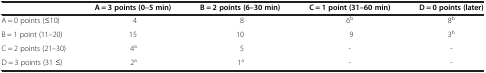
<table><thead><tr><td></td><td><b>A = 3 points (0–5 min)</b></td><td><b>B = 2 points (6–30 min)</b></td><td><b>C = 1 point (31–60 min)</b></td><td><b>D = 0 points (later)</b></td></tr></thead><tbody><tr><td>A = 0 points (≤10)</td><td>4</td><td>8</td><td>6<sup>b</sup></td><td>8<sup>b</sup></td></tr><tr><td>B = 1 point (11–20)</td><td>15</td><td>10</td><td>9</td><td>3<sup>b</sup></td></tr><tr><td>C = 2 points (21–30)</td><td>4<sup>a</sup></td><td>5</td><td>-</td><td>-</td></tr><tr><td>D = 3 points (31 ≤)</td><td>2<sup>a</sup></td><td>1<sup>a</sup></td><td>-</td><td>-</td></tr></tbody></table>